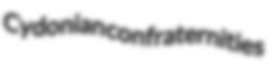
Cydonian confraternities